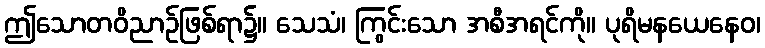
ဤသောတဝိညာဉ်ဖြစ်ရာ၌။ သေသံ၊ ကြွင်းသော အစီအရင်ကို။ ပုရိမနယေနေဝ၊